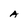
Character: A